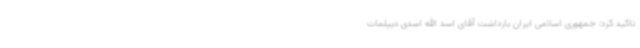
تاکید کرد: جمهوری اسلامی ایران بازداشت آقای اسد الله اسدی دیپلمات